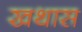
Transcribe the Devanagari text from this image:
खथास